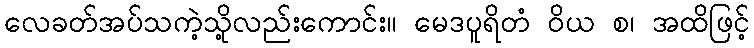
လေခတ်အပ်သကဲ့သို့လည်းကောင်း။ မေဒပူရိတံ ဝိယ စ၊ အထိဖြင့်